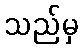
သည်မှ